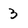
Character: 3